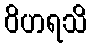
ဝိဟရသိ